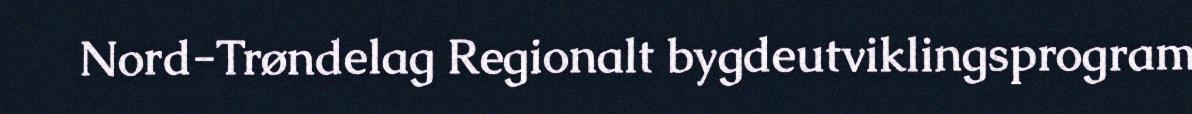
Nord-Trøndelag Regionalt bygdeutviklingsprogram